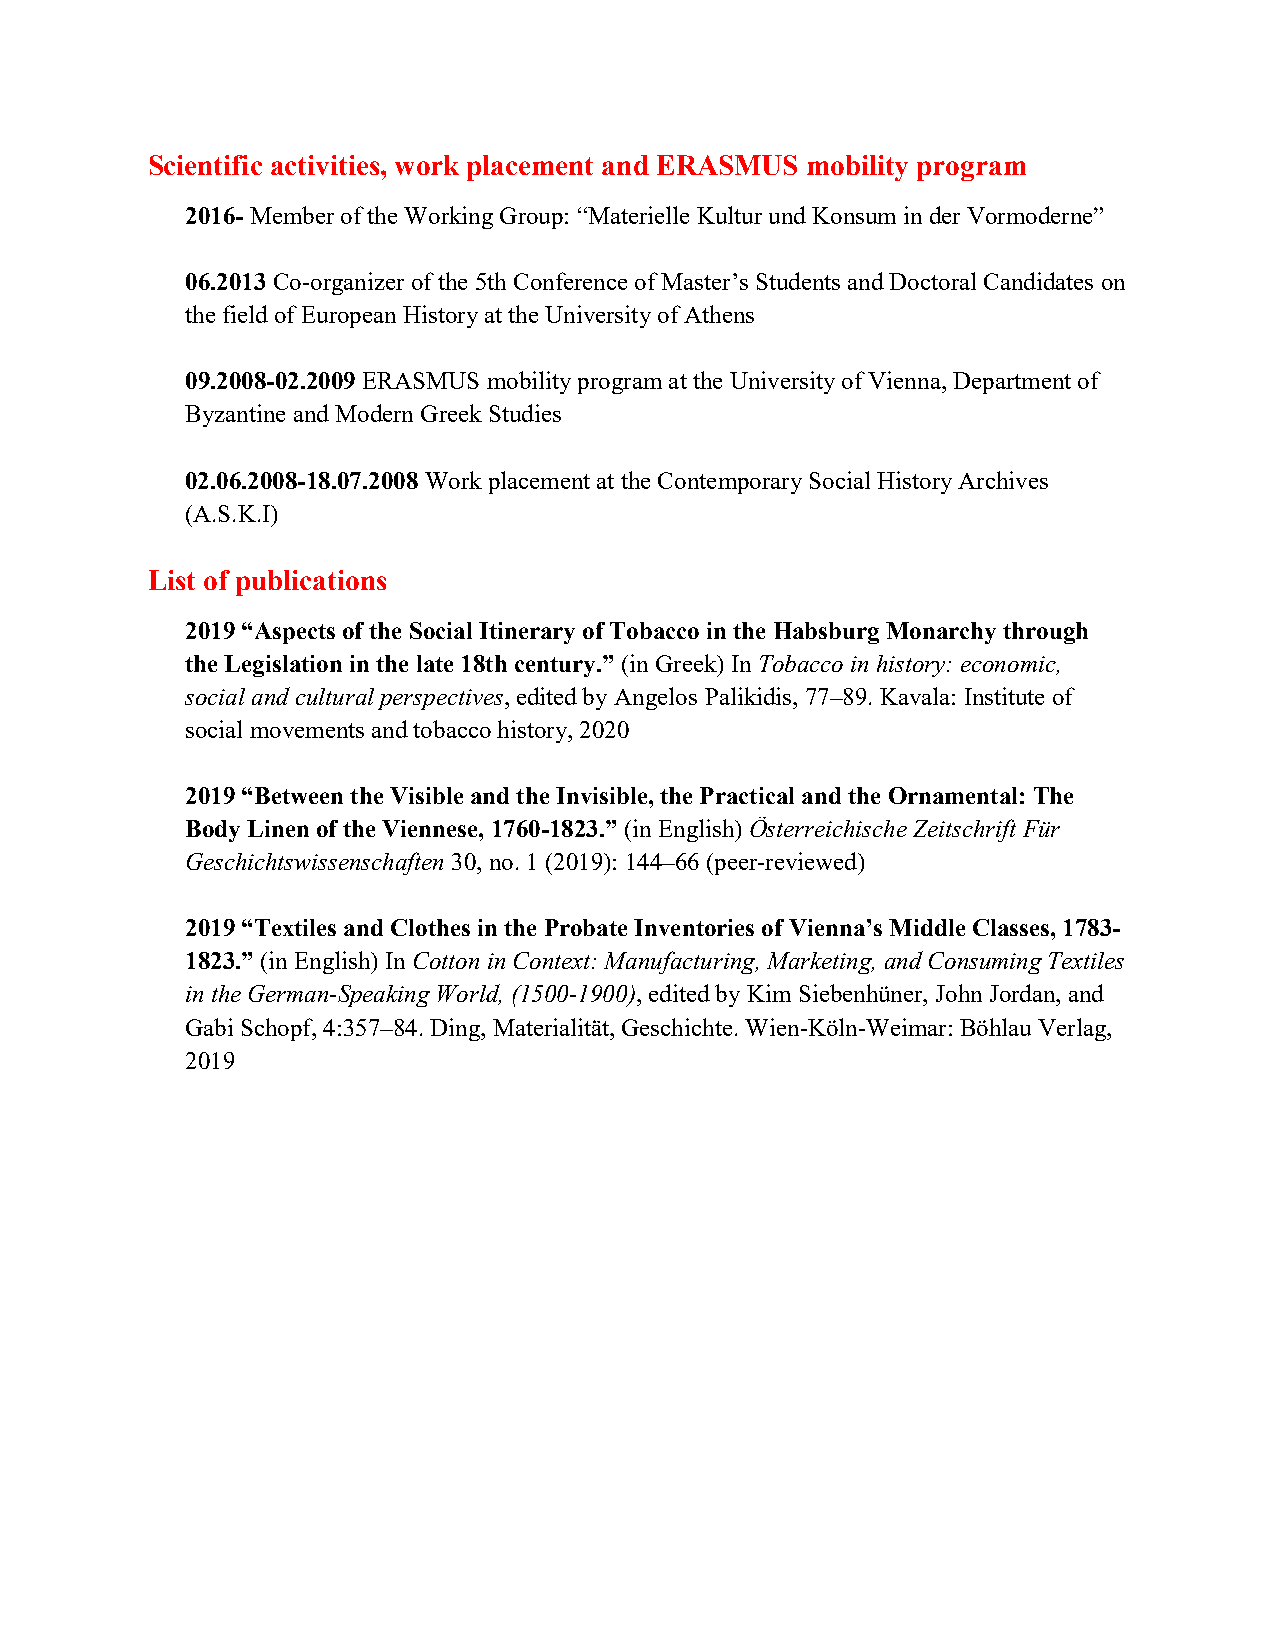
Scientific activities, work placement and ERASMUS mobility program
 2016- Member of the Working Group: “Materielle Kultur und Konsum in der Vormoderne”
 06.2013 Co-organizer of the 5th Conference of Master’s Students and Doctoral Candidates on
 the field of European History at the University of Athens
 09.2008-02.2009 ERASMUS mobility program at the University of Vienna, Department of
 Byzantine and Modern Greek Studies
 02.06.2008-18.07.2008 Work placement at the Contemporary Social History Archives
 (A.S.K.I)
 List of publications
 2019 “Aspects of the Social Itinerary of Tobacco in the Habsburg Monarchy through
 the Legislation in the late 18th century.” (in Greek) In Tobacco in history: economic,
 social and cultural perspectives, edited by Angelos Palikidis, 77–89. Kavala: Institute of
 social movements and tobacco history, 2020
 2019 “Between the Visible and the Invisible, the Practical and the Ornamental: The
 Body Linen of the Viennese, 1760-1823.” (in English) Österreichische Zeitschrift Für
 Geschichtswissenschaften 30, no. 1 (2019): 144–66 (peer-reviewed)
 2019 “Textiles and Clothes in the Probate Inventories of Vienna’s Middle Classes, 1783-
 1823.” (in English) In Cotton in Context: Manufacturing, Marketing, and Consuming Textiles
 in the German-Speaking World, (1500-1900), edited by Kim Siebenhüner, John Jordan, and
 Gabi Schopf, 4:357–84. Ding, Materialität, Geschichte. Wien-Köln-Weimar: Böhlau Verlag,
 2019